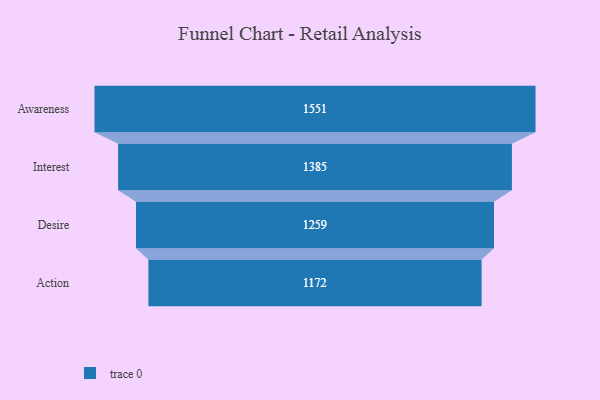
{"axis": {"x": "Stage", "y": "Value"}, "legend": [""], "data": [{"x": "Awareness", "y": 1551.0, "type": ""}, {"x": "Interest", "y": 1385.0, "type": ""}, {"x": "Desire", "y": 1259.0, "type": ""}, {"x": "Action", "y": 1172.0, "type": ""}]}